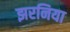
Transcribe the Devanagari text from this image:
झरनिया